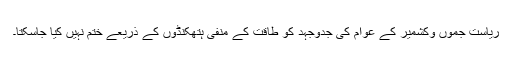
ریاست جموں وکشمیر کے عوام کی جدوجہد کو طاقت کے منفی ہتھکنڈوں کے ذریعے ختم نہیں کیا جاسکتا۔